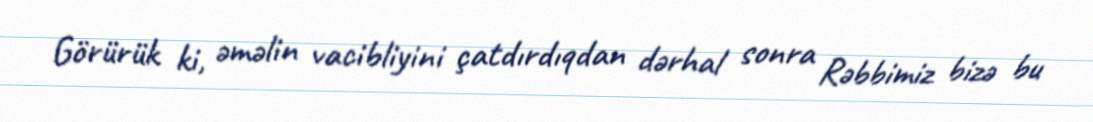
Görürük ki, əməlin vacibliyini çatdırdıqdan dərhal sonra Rəbbimiz bizə bu